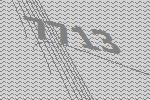
7713